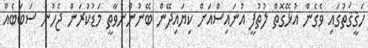
ހަޤީޤަތުގައި ވެގެން އުޅޭގޮތް ލުތުފީ އުނައިސްއަށް ކިޔައިދޭން ބޭނުންނުވާތީ މަޑުކުރަން ޖެހުނު ސަބަބެއް